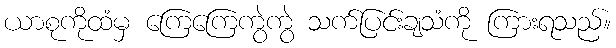
ယာစုကိုထံမှ ကြေကြေကွဲကွဲ သက်ပြင်းချသံကို ကြားရသည်။